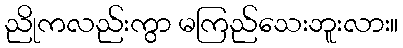
ညိုကလည်းကွာ မကြည်သေးဘူးလား။